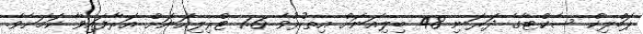
ޕަބްލިކް ސެކްޓާގެ ދަރަނި 48 ބިލިއަނަށް އިތުރުވެ 1.6 ޓްރިލިއަނަށް އަރާފައިވާ ކަމަށެވެ.